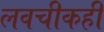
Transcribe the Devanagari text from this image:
लवचीकही